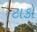
ટાકો